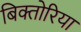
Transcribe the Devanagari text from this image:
बिक्तोरिया